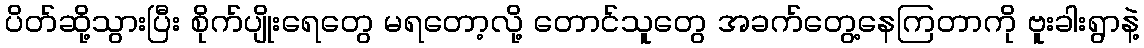
ပိတ်ဆို့သွားပြီး စိုက်ပျိုးရေတွေ မရတော့လို့ တောင်သူတွေ အခက်တွေ့နေကြတာကို ဗူးခါးရွာနဲ့